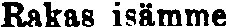
Rakas isämme